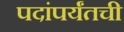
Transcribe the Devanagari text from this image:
पदांपर्यंतची